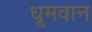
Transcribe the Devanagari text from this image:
धूमवान